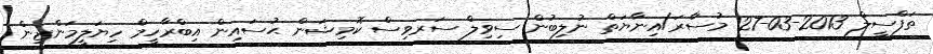
ތަފްސީލް 2013-03-27 މުސާރަ/އިނާޔަތް ނުލިބުން ސިވިލް ސަރވިސް ކޮމިޝަން ޙުސައިން އިބްރާހީމް ހިޔަލީމަންޒިން